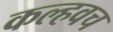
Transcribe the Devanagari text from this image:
कल्हवच